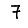
Digit: 7